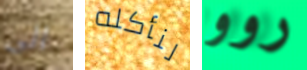
الى لنأكله روو